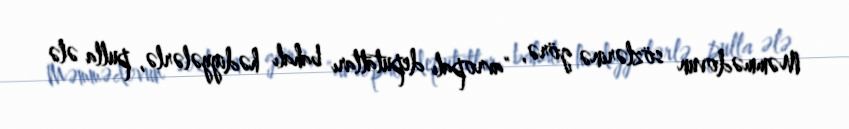
Məmmədovun sözlərinə görə, "avropalı deputatları bahalı hədiyyələrlə, pulla ələ